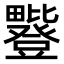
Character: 𪽥